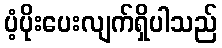
ပံ့ပိုးပေးလျက်ရှိပါသည်